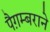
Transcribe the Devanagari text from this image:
पैग़म्बराने